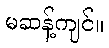
မဆန့်ကျင်။